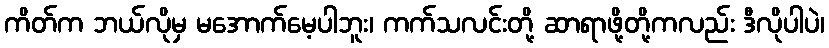
ကိတ်က ဘယ်လိုမှ မအောက်မေ့ပါဘူး၊ ကက်သလင်းတို့ ဆာရာဖို့တို့ကလည်း ဒီလိုပါပဲ၊